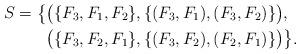
LaTeX: \begin{align*} S=\big\{&\big(\{F_3,F_1,F_2\},\{(F_3,F_1),(F_3,F_2)\}\big),\\ &\big(\{F_3,F_2,F_1\},\{(F_3,F_2),(F_2,F_1)\}\big)\big\}.\end{align*}